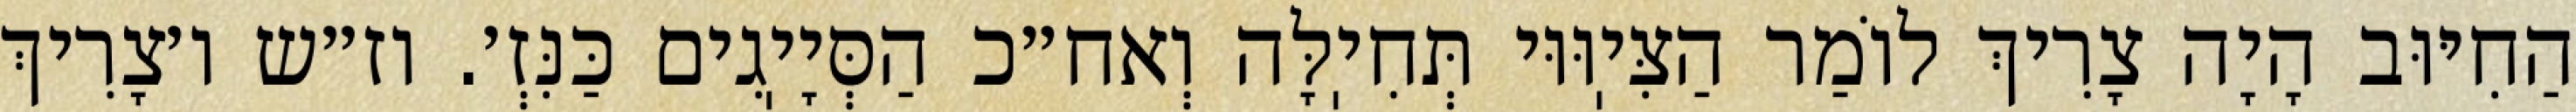
הַחִיּוּב הָיָה צָרִיךְ לוֹמַר הַצִּיֽוּוּי תְּחִיֽלָּה וְאח״כ הַסְּיָיֽגִים כַּנִּזְ׳. וז״ש ו׳צָרִיךְ